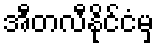
အီတလီနိုင်ငံမှ